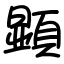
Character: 顕